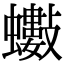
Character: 𧔅